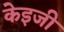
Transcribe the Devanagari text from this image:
केइजी